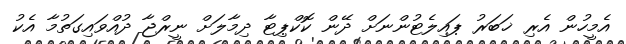
އެމީހުން އެރި ޚަބަރު ޕައިލެޓުންނަށް ދޭން ކޮކްޕިޓާ ދިމާލަށް ނީރްޖާ ދުއްވައިގަތުމާ އެކު